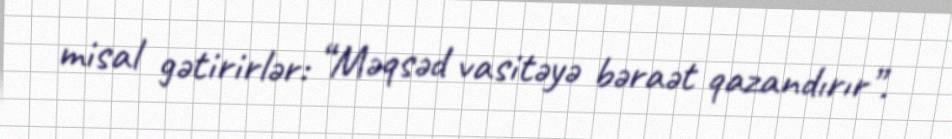
misal gətirirlər: “Məqsəd vasitəyə bəraət qazandırır”.